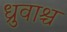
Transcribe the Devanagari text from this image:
ध्रुवाश्च